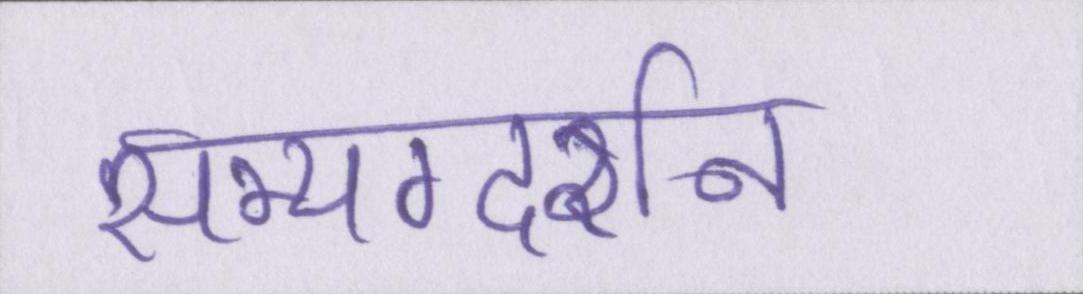
सम्यग्दर्शन